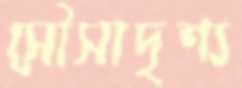
সৌসাদৃশ্য